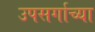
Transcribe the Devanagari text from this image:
उपसर्गाच्या